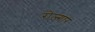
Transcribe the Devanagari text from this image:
रोज्गार